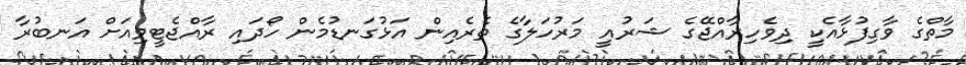
މާތްގެ ވާގިފުޅާއެކީ ދިވެހިރާއްޖޭގެ ޝަރުއީ މަރުހަލާގެ ތެރެއިން އަޅުގަނޑުމެން ހޯދައި ރާއްޖެޓީވިއަށް އަނބުރާ